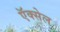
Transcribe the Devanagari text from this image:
ऍक्सेल